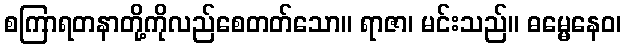
စကြာရတနာတို့ကိုလည်စေတတ်သော။ ရာဇာ၊ မင်းသည်။ ဓမ္မေနေဝ၊